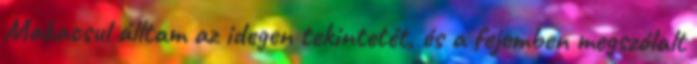
Makacsul álltam az idegen tekintetét, és a fejemben megszólalt